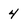
Character: 4